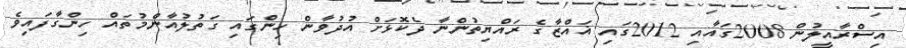
އިސްރާއީލުން 2008ގައާއި 2012ގައި ޣައްޒާގެ ރައްޔިތުންނާ ދެކޮޅަށް އުދުވާން ހިންގައި ގަތުލުއާންމުތައް ހިންގާފައިވެ